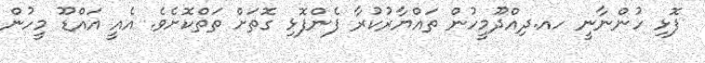
ފޮޅި ހުންނާނީ ހއ.ދިއްދޫމީހުން ތައްޔާރުކުރާ ފެންފޮޅި ގޮތަށް ތަތްކޮށެވެ. އެއީ އައްޑޫ މީހުން